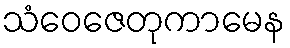
သံဝေဇေတုကာမေန